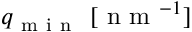
q _ { \mathrm { ~ m ~ i ~ n ~ } } \ [ \mathrm { ~ n ~ m ~ } ^ { - 1 } ]